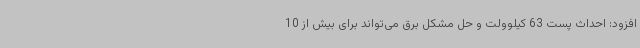
افزود: احداث پست 63 کیلوولت و حل مشکل برق می‌تواند برای بیش از 10